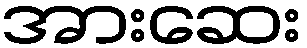
အားဆေး